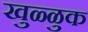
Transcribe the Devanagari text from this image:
खुळ्ळुक